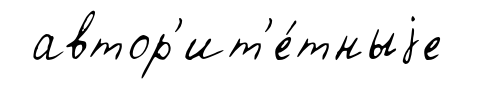
автор'ит'е́тныjе